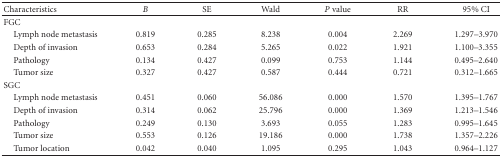
| Characteristics | B | SE | Wald | P value | RR | 95% CI |
 | --- | --- | --- | --- | --- | --- | --- |
 | FGC |  |  |  |  |  |  |
 | Lymph node metastasis | 0.819 | 0.285 | 8.238 | 0.004 | 2.269 | 1.297–3.970 |
 | Depth of invasion | 0.653 | 0.284 | 5.265 | 0.022 | 1.921 | 1.100–3.355 |
 | Pathology | 0.134 | 0.427 | 0.099 | 0.753 | 1.144 | 0.495–2.640 |
 | Tumor size | 0.327 | 0.427 | 0.587 | 0.444 | 0.721 | 0.312–1.665 |
 | SGC |  |  |  |  |  |  |
 | Lymph node metastasis | 0.451 | 0.060 | 56.086 | 0.000 | 1.570 | 1.395–1.767 |
 | Depth of invasion | 0.314 | 0.062 | 25.796 | 0.000 | 1.369 | 1.213–1.546 |
 | Pathology | 0.249 | 0.130 | 3.693 | 0.055 | 1.283 | 0.995–1.645 |
 | Tumor size | 0.553 | 0.126 | 19.186 | 0.000 | 1.738 | 1.357–2.226 |
 | Tumor location | 0.042 | 0.040 | 1.095 | 0.295 | 1.043 | 0.964–1.127 |